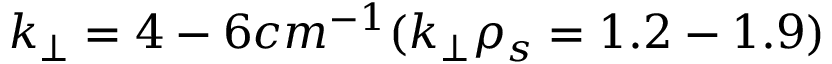
k _ { \perp } = 4 - 6 c m ^ { - 1 } ( k _ { \perp } \rho _ { s } = 1 . 2 - 1 . 9 )